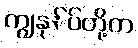
ကျွနု်ပ်တို့က